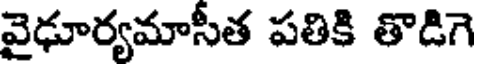
వైఢూర్యమాసీత పతికి తొడిగె